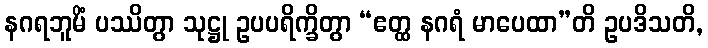
နဂရဘူမိံ ပဿိတွာ သုဋ္ဌု ဥပပရိက္ခိတွာ “ဧတ္ထ နဂရံ မာပေထာ”တိ ဥပဒိသတိ,